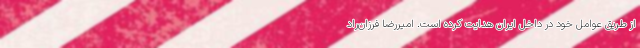
از طریق عوامل خود در داخل ایران هدایت کرده است. امیررضا فرزان‌راد